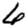
Digit: 6